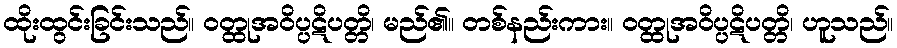
ထိုးထွင်းခြင်းသည်။ ဝတ္ထုအဝိပ္ပဋိပတ္တိ၊ မည်၏။ တစ်နည်းကား။ ဝတ္ထုအဝိပ္ပဋိပတ္တိ၊ ဟူသည်။